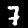
Digit: 7